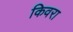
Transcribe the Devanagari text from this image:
किवरा